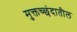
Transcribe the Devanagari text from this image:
मुक्तच्छंदातील